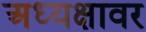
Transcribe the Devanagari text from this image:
अध्यक्षावर